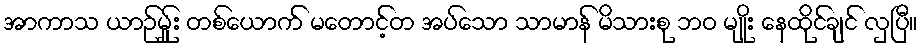
အာကာသ ယာဉ်မ်ှူး တစ်ယောက် မတောင့်တ အပ်သော သာမာန် မိသားစု ဘဝ မျိုး နေထိုင်ချင် လှပြီ။